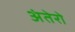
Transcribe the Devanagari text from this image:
अंतेरो